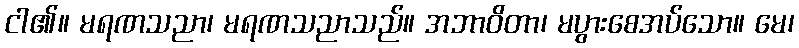
ငါ၏။ မရဏသညာ၊ မရဏသညာသည်။ အဘာဝိတာ၊ မပွားစေအပ်သော။ မေ၊